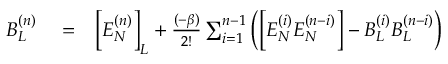
\begin{array} { r l r } { B _ { L } ^ { ( n ) } } & { { } = } & { \Big [ E _ { N } ^ { ( n ) } \Big ] _ { L } + \frac { ( - \beta ) } { 2 ! } \sum _ { i = 1 } ^ { n - 1 } \left( \Big [ E _ { N } ^ { ( i ) } E _ { N } ^ { ( n - i ) } \Big ] - B _ { L } ^ { ( i ) } B _ { L } ^ { ( n - i ) } \right) } \end{array}